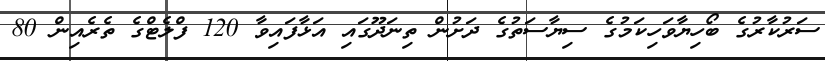
ސަރުކާރުގެ ބޯހިޔާވަހިކަމުގެ ސިޔާސަތުގެ ދަށުން ތިނަދޫގައި އަޅާފައިވާ 120 ފްލެޓްގެ ތެރެއިން 80